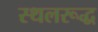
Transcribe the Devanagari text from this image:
स्थलरूद्ध